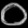
Digit: ၀